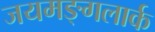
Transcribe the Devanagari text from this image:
जयमङ्गलार्क